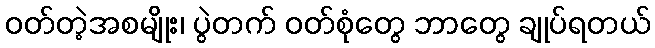
ဝတ်တဲ့အစမျိုး၊ ပွဲတက် ဝတ်စုံတွေ ဘာတွေ ချုပ်ရတယ်